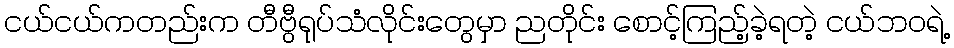
ငယ်ငယ်ကတည်းက တီဗွီရုပ်သံလိုင်းတွေမှာ ညတိုင်း စောင့်ကြည့်ခဲ့ရတဲ့ ငယ်ဘဝရဲ့